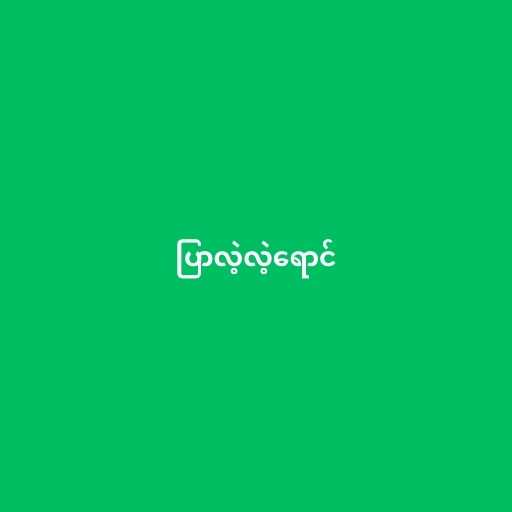
ပြာလဲ့လဲ့ရောင်